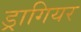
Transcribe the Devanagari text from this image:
ड्रागियर